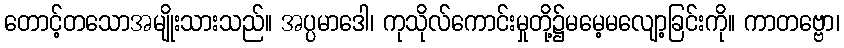
တောင့်တသောအမျိုးသားသည်။ အပ္ပမာဒေါ၊ ကုသိုလ်ကောင်းမှုတို့၌မမေ့မလျော့ခြင်းကို။ ကာတဗ္ဗော၊